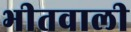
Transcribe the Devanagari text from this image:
भीतवाली